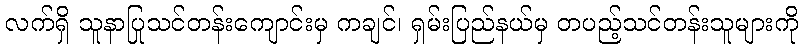
လက်ရှိ သူနာပြုသင်တန်းကျောင်းမှ ကချင်၊ ရှမ်းပြည်နယ်မှ တပည့်သင်တန်းသူများကို